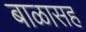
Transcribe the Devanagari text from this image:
बाळासह